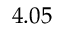
4 . 0 5